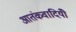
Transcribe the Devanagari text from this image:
आतंकवादियोँ